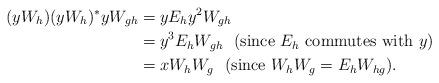
LaTeX: \begin{align*}(yW_{h})(yW_{h})^{*}yW_{gh}&=yE_{h}y^{2}W_{gh} \\ & = y^{3}E_{h}W_{gh} \textrm{~~(since $E_{h}$ commutes with $y$)} \\ & = x W_{h}W_{g} \textrm{~~(since $W_{h}W_{g}=E_{h}W_{hg}$)}. \end{align*}